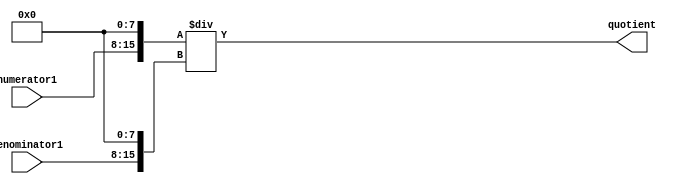
module fractional_divider (
  input wire [7:0] numerator1,
  input wire [7:0] denominator1,
  output wire [15:0] quotient
);

  reg [15:0] numerator2;
  reg [15:0] denominator2;

  always @(*) begin
    numerator2 = numerator1 << 8;
    denominator2 = denominator1 << 8;
  end

  assign quotient = numerator2 / denominator2;

endmodule